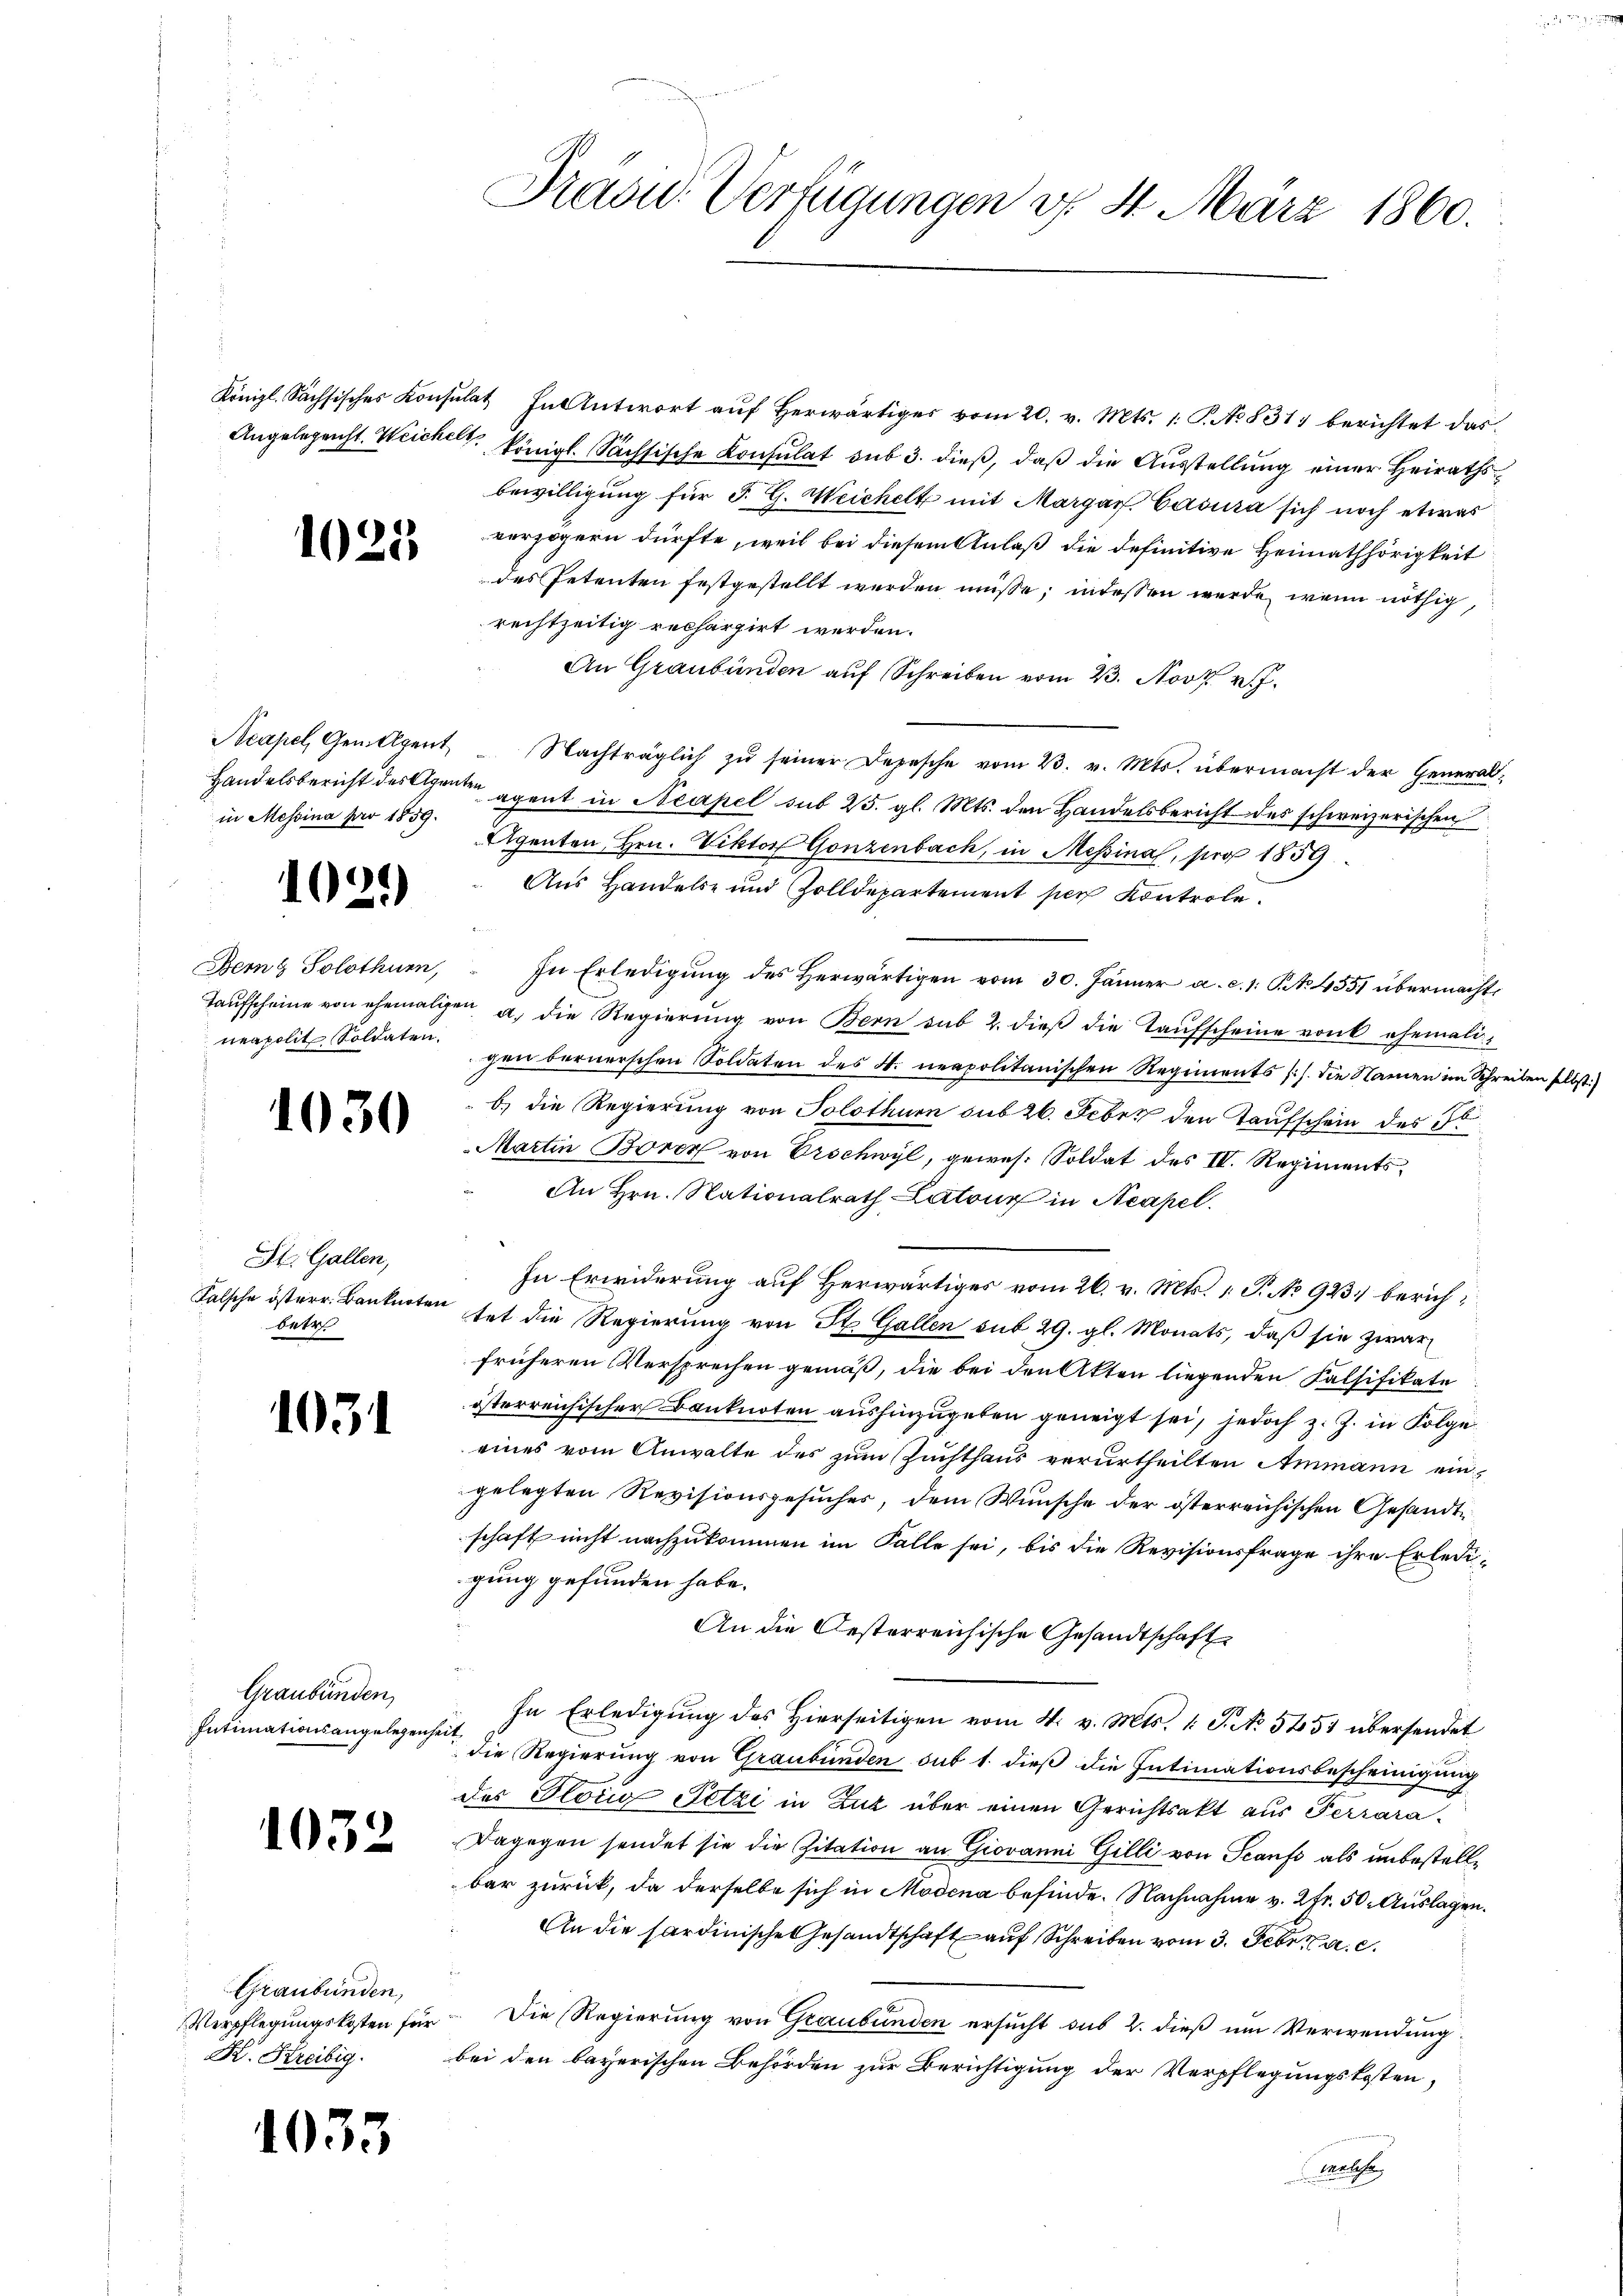
1025

in Messina pro 1859.

1021)

1030

St. Gallen,
betr

1051.

Graubünden
Intimationsangelegenheit

1032

Graubünden,

1035

Präsid.. Verfügungen v. 4. März 1860.

Königl. Sächsisches Konsulat In Antwort aŭf herwärtiges vom 20. v. Mts. 1. P. No 831 berichtet das
Angelegenst. Weichelt, königl. Sächsische Konsulat sub 3. dieß, daß die Ausstellung einer Heirathsbewilligung für J. G. Weichelt mit Margar Casura sich noch etwas
verzögern dürfte, weil bei diesem Anlaß die definitive Heimathörigkeit
des Petenten festgestellt werden müsse; indessen werde, wenn nöthig,
rechtzeitig rechargirt werden.
An Graubünden auf Schreiben vom 23. Nov. v.
Acapel, Gemeigent Nachträglich zŭ seiner Depesche vom 23. v. Mts. übermacht der General-
Handelsbericht des Eigenten gant in Neapel sub 25. gl. Mts. den Handelsbericht des schweizerischen
Agenten Hrn. Viktor Gonzenbach, in Messina, pro 1859
Aus Handels- und Zolldepartement per Kontrole.
Bern Solothur,  In Erledigŭng des herwärtigen vom 30. Jänner a. c. 1. No 455 übermachte
Taŭfscheine von ehemaligen a. die Regierŭng von Bern sub 2. dieβ die Taufscheine von ehemaliunapolit. Soldangen bernerschen Soldaten des St. neapolitanischen Regiments s.Z. die Namen im Schreiben selbst)
b.) die Regierung von Solothurn sub 26. Feber den Taufschein des do
Martin Borer von Erschwyl, gewes. Soldat des II. Regiments¬
An Hrn. Nationalrath Latone in Neapel.
In Erwiderung auf Herwärtiges vom 26. v. Mts. 1. P. No 923 berich¬
Falsche österr. Banknoten tat die Regierung von St. Gallen sub 29. gl. Monats, daß sie zwar
früheren Versprechen gemäß, die bei den Akten liegenden Falsifikate
österreichischer Banknoten aushinzugeben geneigt sei, jedoch z. Z. in Folge
eines vom Anwalte des zum Zuchthaus verurtheilten Ammann eingelegten Revisionsgesuches, dem Wunsche der österreichischen Gesandte
schaft nicht nachzukommen im Falle sei, bis die Revisionsfrage ihre Erledigung gefunden habe.
An die Oesterreichische Gesandtschaft
In Erledigung des hierseitigen vom 4. v. Mts. 1 S. No 5451 übersendet
die Regierung von Graubünden sub 1. dieß die Intimationsbescheinigung
des Gloria Petzi in Zug über einen Gerichtsakt aus Terrara¬
Dagegen sendet sie die Zitation an Giovanni Gilli von Scanfs als unbestellbar zurück, da derselbe sich in Modena befinde. Nachnahme v. 2 Fr. 50. Auslagen.
An die Sardinische Gesandtschaft auf Schreiben vom 3. Febr. 10.
Verpflegungskosten für die Regierung von Graubünden ersucht sub 2. dieß um Verwendung
K. Kreibig. bei den bayerischen Behörden zur Berichtigung der Verpflegungskosten,
welche,